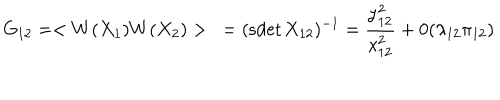
LaTeX: G _ { 1 2 } = < W ( X _ { 1 } ) W ( X _ { 2 } ) > \ = ( \mathrm { s d e t } \, X _ { 1 2 } ) ^ { - 1 } = { \frac { y _ { 1 2 } ^ { 2 } } { x _ { 1 2 } ^ { 2 } } } + 0 ( \lambda _ { 1 2 } \pi _ { 1 2 } )